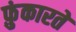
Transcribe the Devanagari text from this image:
फ़ुंकारते